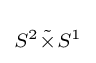
\scriptstyle S^{2}{\tilde {\times }}S^{1}